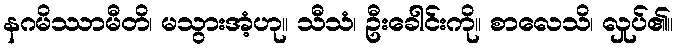
နဂမိဿာမီတိ၊ မသွားအံ့ဟု။ သီသံ၊ ဦးခေါင်းကို။ စာလေသိ၊ လှုပ်၏။